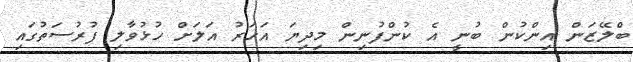
ބްލޭޒަން އިންކުން ބުނީ އެ ކުންފުނިން މިދިޔަ އަހަރު އަލަށް ހުޅުވާލި ފުރުސަތުގައި